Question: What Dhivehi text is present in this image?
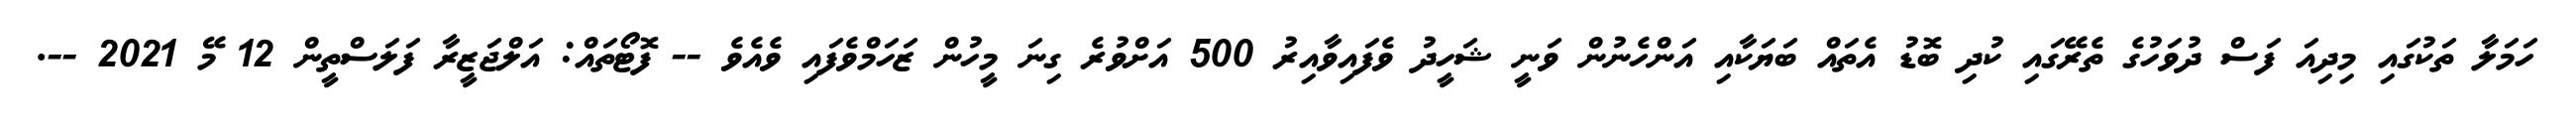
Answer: ހަމަލާ ތަކުގައި މިދިއަ ފަސް ދުވަހުގެ ތެރޭގައި ކުދި ބޮޑު އެތައް ބަޔަކާއި އަންހެނުން ވަނީ ޝަހީދު ވެފައިވާއިރު 500 އަށްވުރެ ގިނަ މީހުން ޒަހަމްވެފައި ވެއެވެ -- ފޮޓޯތައް: އަލްޖަޒީރާ ފަލަސްތީން 12 މޭ 2021 --.